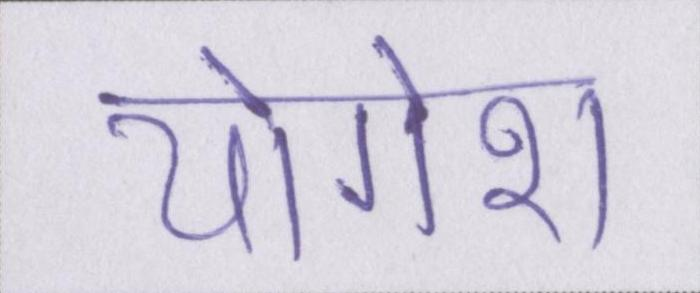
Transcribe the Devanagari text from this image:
योगेश